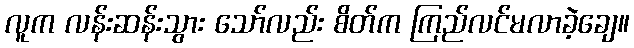
လူက လန်းဆန်းသွား သော်လည်း စိတ်က ကြည်လင်မလာခဲ့ချေ။